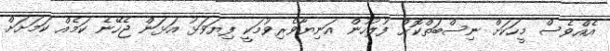
އެއްވެސް މީހަކަށް ނިސްބަތްކޮށް ފުލުހުން އަނިޔާވެރިވުމަކީ ފިޔަވަޅު އަޅަން ޖެހޭނެ ކަމެއް ކަމަށަށް